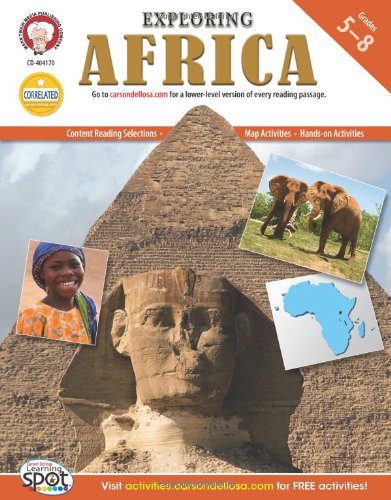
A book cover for Exploring Africa, Grades 5 - 8 (Continents of the World); Michael Kramme Ph.D.; Children's Books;